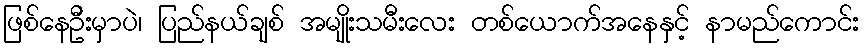
ဖြစ်နေဦးမှာပဲ၊ ပြည်နယ်ချစ် အမျိုးသမီးလေး တစ်ယောက်အနေနှင့် နာမည်ကောင်း